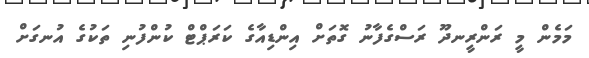
މަމެން މީ ރަންރީނދޫ ރަސްގެފާނު ގޮތަށް އިންޑިއާގެ ކަރަޕްޓް ކުންފުނި ތަކުގެ އުނގަށް